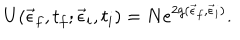
U ( \vec { \epsilon } _ { f } , t _ { f } ; \vec { \epsilon } _ { i } , t _ { i } ) = N e ^ { 2 g ( \vec { \epsilon } _ { f } , \vec { \epsilon } _ { i } ) } .